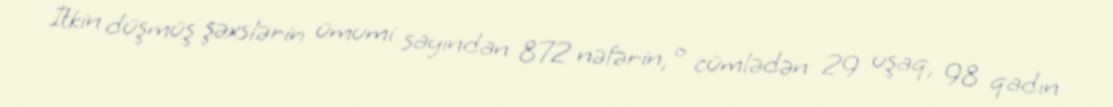
İtkin düşmüş şəxslərin ümumi sayından 872 nəfərin, o cümlədən 29 uşaq, 98 qadın